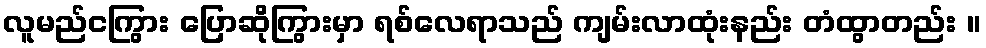
လူမည်ငကြွား ပြောဆိုကြွားမှာ ရစ်လေရာသည် ကျမ်းလာထုံးနည်း တံထွာတည်း ။